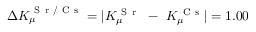
\Delta K _ { \mu } ^ { \mathrm { ~ S ~ r ~ / ~ C ~ s ~ } } = | K _ { \mu } ^ { \mathrm { ~ S ~ r ~ } } ~ - ~ K _ { \mu } ^ { \mathrm { ~ C ~ s ~ } } | = 1 . 0 0